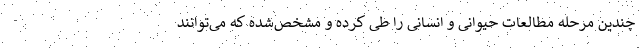
چندین مرحله مطالعات حیوانی و انسانی را طی کرده و مشخص‌شده که می‌توانند